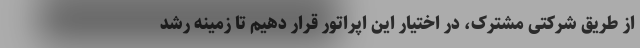
از طریق شرکتی مشترک، در اختیار این اپراتور قرار دهیم تا زمینه رشد